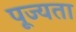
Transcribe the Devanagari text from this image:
पूज्यता